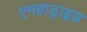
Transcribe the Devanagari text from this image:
एनहाड्राइड